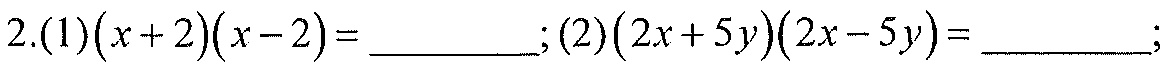
2.(1)\((x + 2)(x - 2)=\underline{\quad\quad}\); (2)\((2x + 5y)(2x - 5y)=\underline{\quad\quad}\);